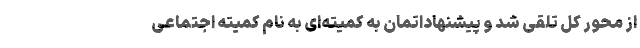
از محور کل تلقی شد و پیشنهاداتمان به کمیته‌ای به نام کمیته اجتماعی